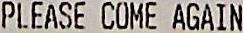
PLEASE COME AGAIN